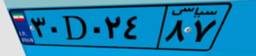
۴۹D۹۷۴۷۲